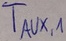
Text: TAUX,1